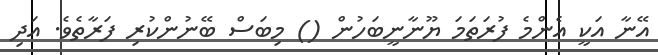
އޭނާ އަކީ އެންމެ ފުރަތަމަ ޔޫނާނީބަހުން () މިބަސް ބޭނުންކުރި ފަރާތެވެ. އަދި